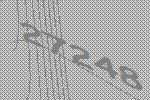
27248